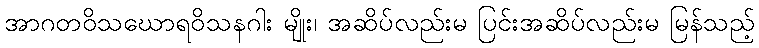
အာဂတဝိသဃောရဝိသနဂါး မျိုး၊ အဆိပ်လည်းမ ပြင်းအဆိပ်လည်းမ မြန်သည့်